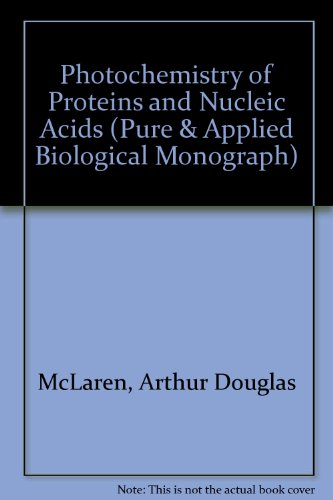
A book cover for Photochemistry of Proteins and Nucleic Acids; arthur mclaren; Science & Math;